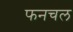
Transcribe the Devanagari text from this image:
फनचल